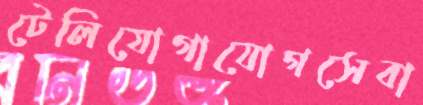
টেলিযোগাযোগসেবা